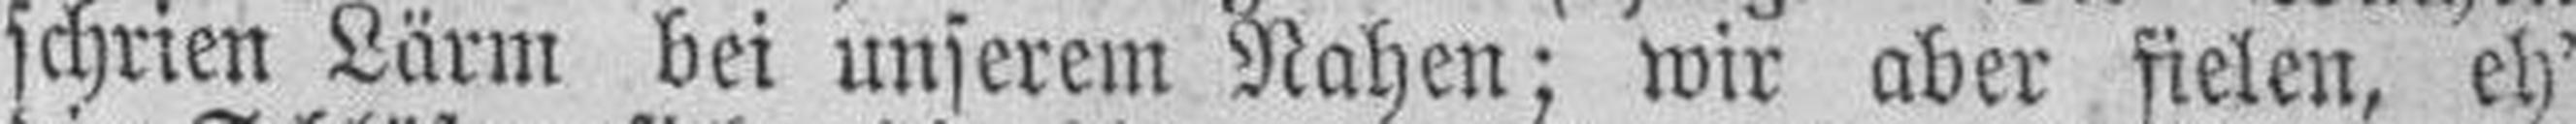
schrien Lärm bei unserem Nahen; wir aber fielen, eh'